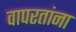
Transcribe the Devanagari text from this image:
वापरतांना